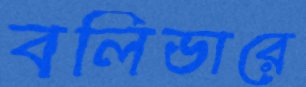
বলিভারে